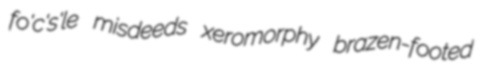
fo'c's'le misdeeds xeromorphy brazen-footed